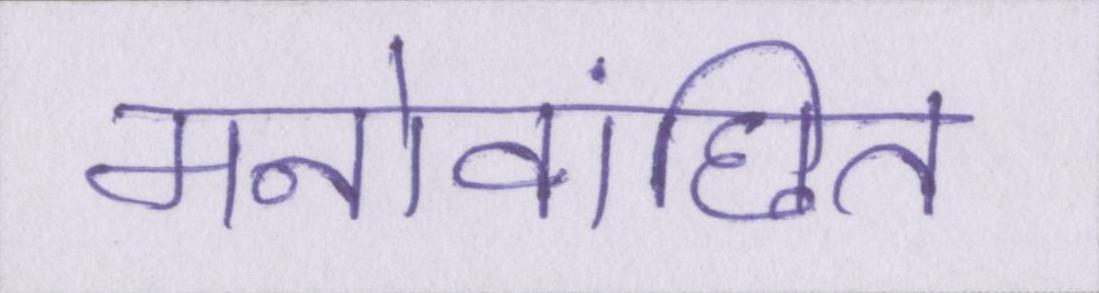
मनोवांछित